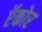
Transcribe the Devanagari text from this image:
ऍकोर